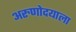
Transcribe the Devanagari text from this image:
अरुणोदयाला